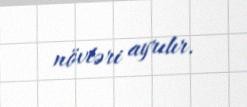
növləri ayrılır.